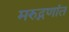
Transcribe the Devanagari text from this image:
मरुद्नणांत